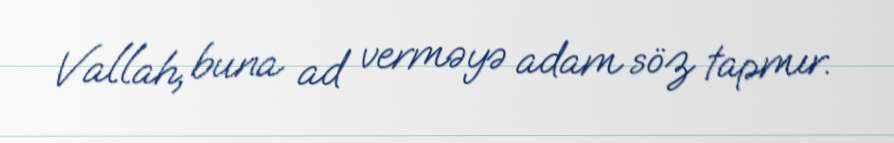
Vallah, buna ad verməyə adam söz tapmır.